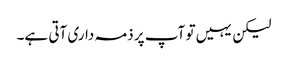
لیکن یہیں تو آپ پر ذمہ داری آتی ہے۔